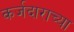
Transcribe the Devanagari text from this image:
कर्जदाराच्या